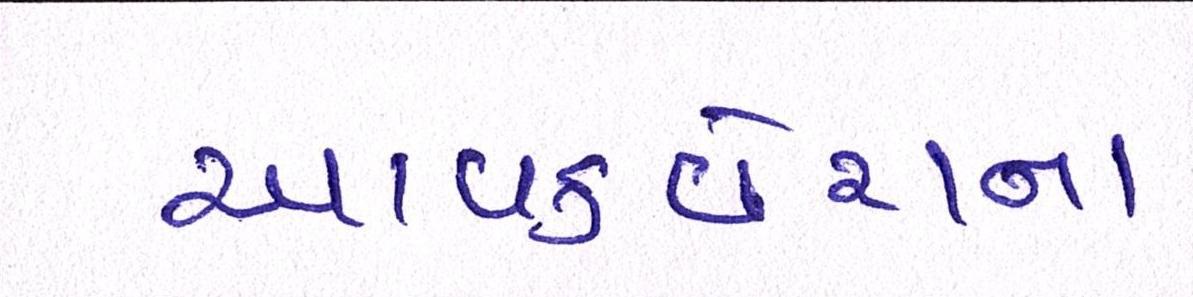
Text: આવકવેરાના